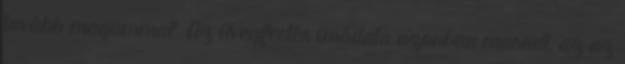
tovább magammal. Az üvegfestés imádata azonban maradt, az az